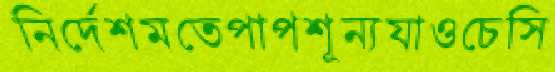
নির্দেশমতেপাপশূন্যযাওচেসি